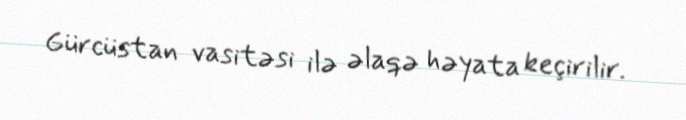
Gürcüstan vasitəsi ilə əlaqə həyata keçirilir.